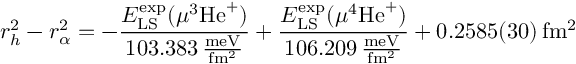
\ensuremath { r _ { h } } ^ { 2 } - \ensuremath { r _ { \alpha } } ^ { 2 } = - \frac { E _ { \mathrm { L S } } ^ { \mathrm { e x p } } ( \mu ^ { 3 } \mathrm { H e } ^ { + } ) } { 1 0 3 . 3 8 3 \mathrm { \, \frac { m e V } { f m ^ { 2 } } } } + \frac { E _ { \mathrm { L S } } ^ { \mathrm { e x p } } ( \mu ^ { 4 } \mathrm { H e } ^ { + } ) } { 1 0 6 . 2 0 9 \mathrm { \, \frac { m e V } { f m ^ { 2 } } } } + 0 . 2 5 8 5 ( 3 0 ) \, \mathrm { f m ^ { 2 } }